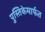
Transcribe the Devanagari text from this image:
पुस्तिकेमार्फत